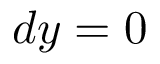
d y = 0